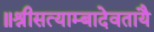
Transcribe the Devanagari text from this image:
॥श्रीसत्याम्बादेवतायै